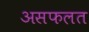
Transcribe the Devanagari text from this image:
असफलत